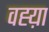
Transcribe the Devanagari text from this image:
वह्य़ा